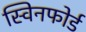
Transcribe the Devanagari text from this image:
स्विनफोर्ड